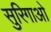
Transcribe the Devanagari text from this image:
सुरिगाओ